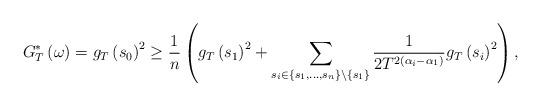
LaTeX: \begin{align*}G{}_{T}^{*}\left(\omega\right)=g_{T}\left(s_{0}\right)^{2}\geq\frac{1}{n}\left(g_{T}\left(s_{1}\right)^{2}+\sum_{s_{i}\in\left\{ s_{1},\dots,s_{n}\right\} \setminus\left\{ s_{1}\right\} }\frac{1}{2T^{2\left(\alpha_{i}-\alpha_{1}\right)}}g_{T}\left(s_{i}\right)^{2}\right),\end{align*}